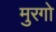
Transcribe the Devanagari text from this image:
मुरगो